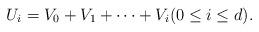
LaTeX: \begin{gather*}U_i=V_0+V_1+\dots + V_i (0\le i\le d).\end{gather*}